Heimtali_vallavalitsus, lk 18
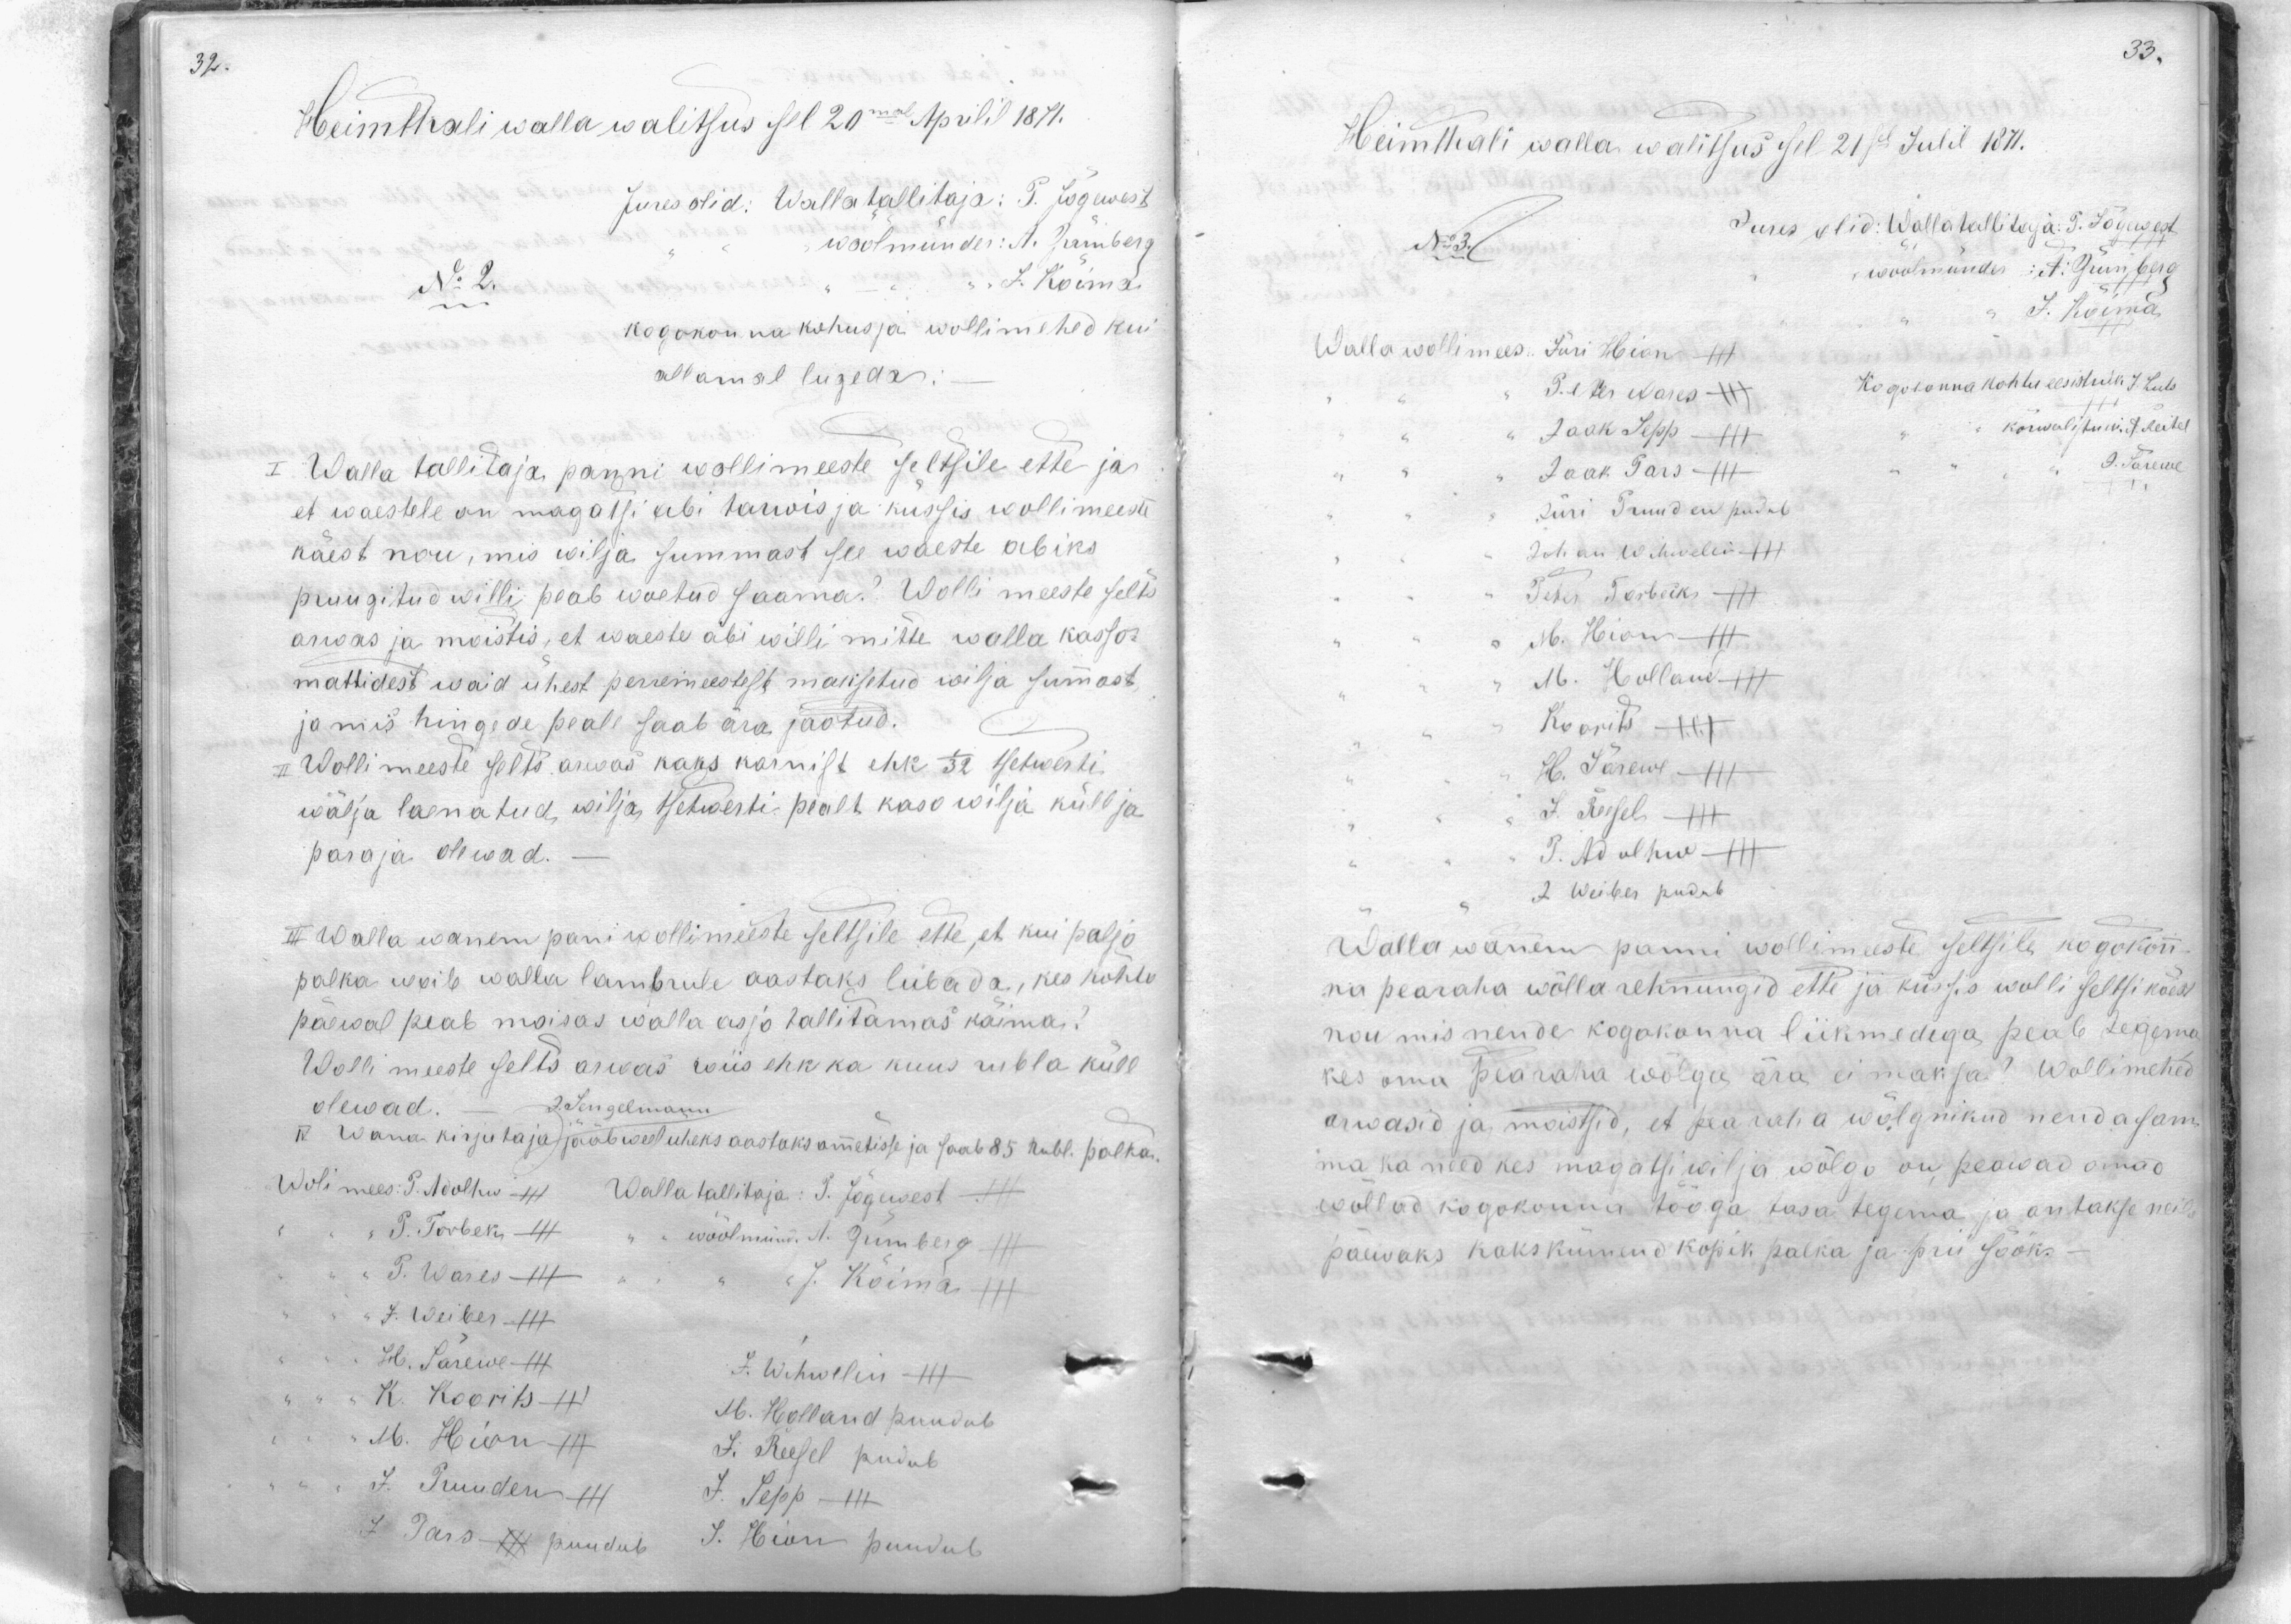
Heimthali walla walitsus sel 20mal Aprilil 1871.
Jures olid: Wallatallitaja: P. Jõgewest
woolmünder: A. Grünberg
No 2.
J. Koima
kogokonna kohus ja wollimehed kui
allamal lugeda.
I Walla tallitaja panni wollimeeste seltsile ette ja
et waestele on magatsi abi tarwis ja kussis wollimeeste
käest nou, mis wilja summast see waeste abiks
pruugitud willi peab woetud saama? Wollimeeste selts
arwas ja moistis, et waeste abi willi mitte walla kasso
mattidest waid ühest perremeestest maisetud wilja sumast
ja mis hingede peale saab ära jaotud.
II Wollimeeste selts arwas kaks karnist ehk 1/32 setwerti
wälja laenatud, wilja, 1 setwerti pealt kasvwilja küll ja
paraja olewad.
III walla wanem pani wollimeeste seltsile ette, et kui paljo
palka woib walla lambrule aastaks lubada, kes kohtu
päewal peab moisas walla asja tallitamas käima?
Wollimeeste selts arwas wiis ehk ka kuus rubla küll
olewad. J. Sengelmann
IV Wana kirjutaja jaab veel uheks aastaks ametisse ja saab 85 rubl. palka.
Wolimees: P. Adolhw - "Walla tallitaja: P. Jõgewest
3 P. Torbeks
wöölmünd. A. Grünberg
P. Wares +++
J. Koima
7. Weiber +++
H. Särewe - III
J. Wihwelin - III
K. Koorits -
M. Hion
M. Holland puudub
J. Reesel pudub
J. Puuden
J. Sepp - III
J.  Pars - puudub J. Hion puudab

Heimthali walla walitsus sel 21sel Julil 1871.
No 3.
Jures olid: Wallatallitaja: P. Jõgewest
wöölmünder A. Grünberg
J. Koima
Walla wollimees: Jüri Hion -
Peter Vares XXX
Kogokonna kohtu eesistunik. J. Luts
Jaak Sepp -
kõrwalitsusi. A. Reitel
Jaak Pars
J. Särewe
Jüri Truuden pudub
Johan Wihwelin +++
Peter Torbeiks XXX
M. Hion
M. Holland
Koorits XXX
H. Särewe - III
J. Reesel -
P. Adolhw
J. Weiber pudub
Wallawanem panni wollimeeste seltsile kogokon-
na pearaha wõlla rehnungid ette ja küssis wolli seltsi käest
nou mis nende kogokonna liikmedega peab tegema
kes oma pearaha wõlga ära ei maksa? Wollimehed
arwasid ja maksid, et pea raha wõlgnikud nenda sam-
ma ka need kes magatsi wilja wõlgu on peawad omad
wõllad kogokonna tööga tasa tegema ja antakse neile
päewaks kakskümend kopik palka ja prii sööks